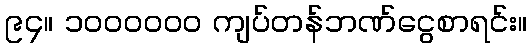
၉၄။ ၁၀၀၀၀၀၀ ကျပ်တန်ဘဏ်ငွေစာရင်း။